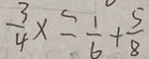
\frac { 3 } { 4 } x = \frac { 1 } { 6 } + \frac { 5 } { 8 }